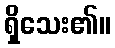
ရှိသေး၏။